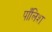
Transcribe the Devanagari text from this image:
पाँलिश